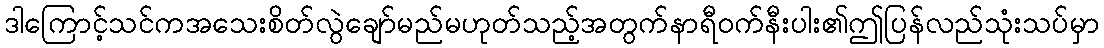
ဒါကြောင့်သင်ကအသေးစိတ်လွဲချော်မည်မဟုတ်သည့်အတွက်နာရီဝက်နီးပါး၏ဤပြန်လည်သုံးသပ်မှာ